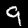
Digit: 9